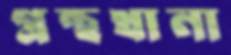
গ্রন্থখানা